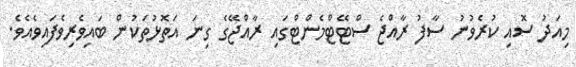
މިއަދު ސޮއި ކުރެވުނު ސާފު ރާއްޖެ ސްޓޭޓްމެންޓްގައި ރާއްޖޭގެ ގިނަ އަތޮޅުތަކުން ބައިވެރިވެފައިވެއެވެ.